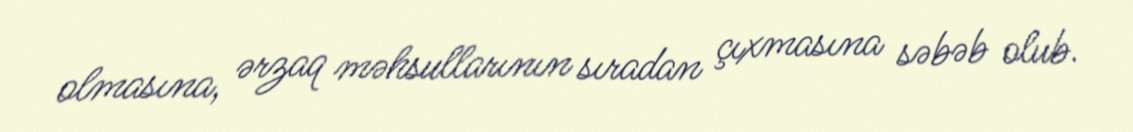
olmasına, ərzaq məhsullarının sıradan çıxmasına səbəb olub.